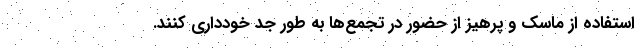
استفاده از ماسک و پرهیز از حضور در تجمع‌ها به طور جد خودداری کنند.